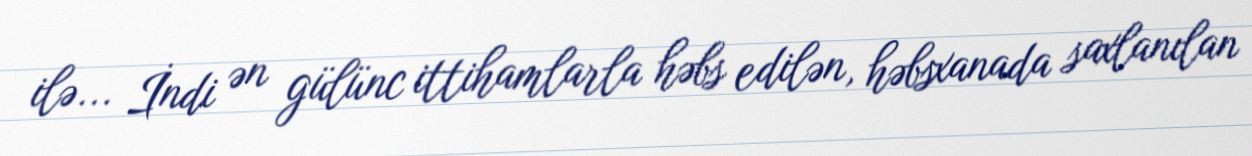
ilə... İndi ən gülünc ittihamlarla həbs edilən, həbsxanada saxlanılan